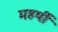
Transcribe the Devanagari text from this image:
महर्षी